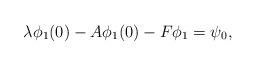
LaTeX: \begin{align*}\lambda \phi_1(0) -A\phi_1(0) -F\phi_1=\psi_0,\end{align*}